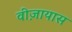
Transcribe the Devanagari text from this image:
वीज़ायास